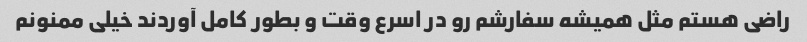
راضی هستم مثل همیشه سفارشم رو در اسرع وقت و بطور کامل آوردند خیلی ممنونم